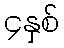
၄နှစ်